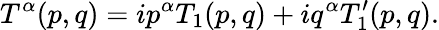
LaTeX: T^{\alpha}(p,q)=ip^{\alpha}T_{1}(p,q)+iq^{\alpha}T_{1}^{\prime}(p,q).